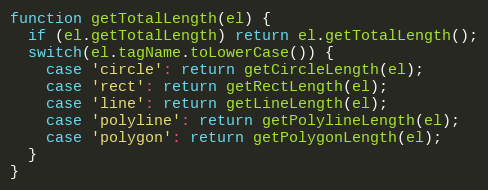
Language: JavaScript
function getTotalLength(el) {
  if (el.getTotalLength) return el.getTotalLength();
  switch(el.tagName.toLowerCase()) {
    case 'circle': return getCircleLength(el);
    case 'rect': return getRectLength(el);
    case 'line': return getLineLength(el);
    case 'polyline': return getPolylineLength(el);
    case 'polygon': return getPolygonLength(el);
  }
}